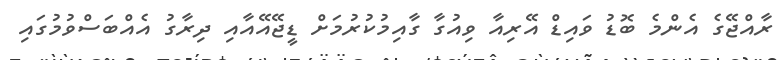
ރާއްޖޭގެ އެންމެ ބޮޑު ވައިޑް އޭރިއާ ވިއުގާ ގާއިމުކުރުމަށް ޑީޖޭއޭއާއި ދިރާގު އެއްބަސްވުމުގައި